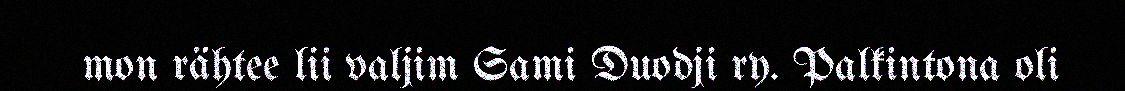
mon rähtee lii valjim Sami Duodji ry. Palkintona oli